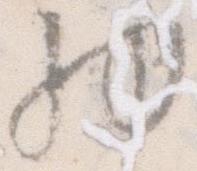
物